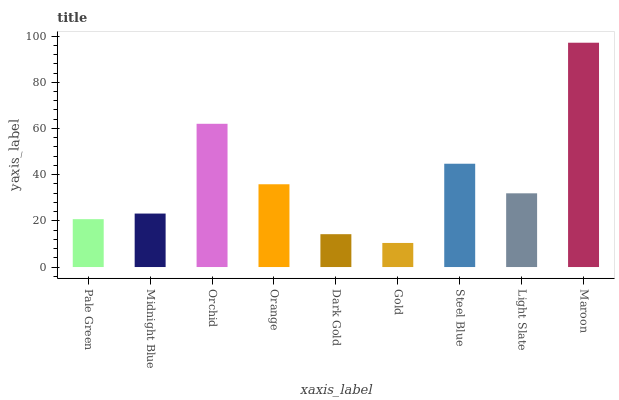
| xaxis_label | bars |
 | --- | --- |
 | Pale Green | 20.7 |
 | Midnight Blue | 23.2 |
 | Orchid | 62 |
 | Orange | 35.8 |
 | Dark Gold | 14.2 |
 | Gold | 10.4 |
 | Steel Blue | 44.7 |
 | Light Slate | 31.9 |
 | Maroon | 97.1 |